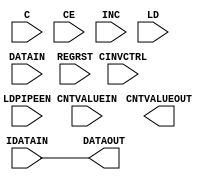
module IDELAYE2 (/*AUTOARG*/
   // Outputs
   CNTVALUEOUT, DATAOUT,
   // Inputs
   C, CE, CINVCTRL, CNTVALUEIN, DATAIN, IDATAIN, INC, LD, LDPIPEEN,
   REGRST
   );

   parameter CINVCTRL_SEL = "FALSE";           // Enable dynamic clock inversion
   parameter DELAY_SRC = "IDATAIN";            // Delay input 
   parameter HIGH_PERFORMANCE_MODE  = "FALSE"; // Reduced jitter
   parameter IDELAY_TYPE  = "FIXED";           // Type of delay line
   parameter integer IDELAY_VALUE = 0;         // Input delay tap setting
   parameter [0:0] IS_C_INVERTED = 1'b0;       // 
   parameter [0:0] IS_DATAIN_INVERTED = 1'b0;  //
   parameter [0:0] IS_IDATAIN_INVERTED = 1'b0; //
   parameter PIPE_SEL = "FALSE";               // Select pipelined mode
   parameter real    REFCLK_FREQUENCY = 200.0; // Ref clock frequency
   parameter SIGNAL_PATTERN    = "DATA";       // Input signal type

`ifdef XIL_TIMING
    parameter LOC = "UNPLACED";
    parameter integer SIM_DELAY_D = 0;
    localparam DELAY_D = (IDELAY_TYPE == "VARIABLE") ? SIM_DELAY_D : 0;
`endif // ifdef XIL_TIMING

`ifndef XIL_TIMING
    integer DELAY_D=0;
`endif // ifndef XIL_TIMING

   output [4:0] CNTVALUEOUT; // count value for monitoring tap value
   output 	DATAOUT;     // delayed data
   input 	C;           // clock input for variable mode
   input 	CE;          // enable increment/decrement function
   input 	CINVCTRL;    // dynamically inverts clock polarity
   input [4:0] 	CNTVALUEIN;  // counter value for tap delay
   input 	DATAIN;      // data input from FGPA logic
   input 	IDATAIN;     // data input from IBUF
   input 	INC;         // increment tap delay
   input 	LD;          // loads the delay primitive
   input 	LDPIPEEN;    // enables the pipeline register delay 
   input 	REGRST;      // reset for pipeline register

   assign DATAOUT = IDATAIN;

   initial
     begin
	//$display("Delay %d %m",IDELAY_VALUE);	
     end

   reg [4:0] idelay_reg=5'b0;

   

   always @ (posedge C)
     if(LD)   
       begin
	  idelay_reg[4:0] <= CNTVALUEIN[4:0];  
	  $display("Delay %d",idelay_reg[4:0]);	
	 end
   
			  
endmodule